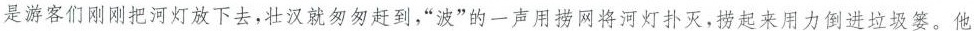
是游客们刚刚把河灯放下去，壮汉就匆匆赶到，“波”的一声用捞网将河灯扑灭，捞起来用力倒进垃圾篓。他